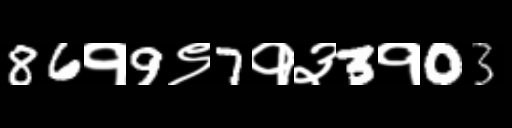
Text: 86१9९7१३3१03